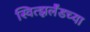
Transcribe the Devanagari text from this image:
स्वित्झर्लॅडच्या